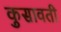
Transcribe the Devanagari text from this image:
कुसावती